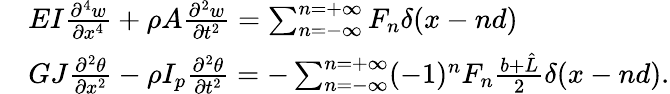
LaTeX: \begin{array}{rl}&{EI\frac{\partial^{4}w}{\partial x^{4}}+\rho A\frac{\partial^{2}w}{\partial t^{2}}=\sum_{n=-\infty}^{n=+\infty}F_{n}\delta(x-nd)}\\ &{GJ\frac{\partial^{2}\theta}{\partial x^{2}}-\rho I_{p}\frac{\partial^{2}\theta}{\partial t^{2}}=-\sum_{n=-\infty}^{n=+\infty}(-1)^{n}F_{n}\frac{b+\hat{L}}{2}\delta(x-nd).}\end{array}